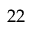
2 2